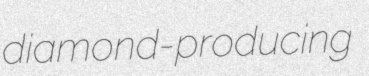
diamond-producing